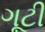
ગૂટી